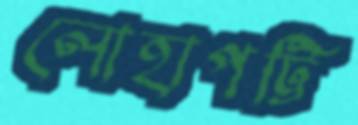
লোহাপট্টি